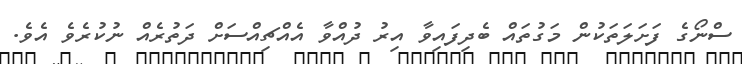
ސްނޯގެ ފަށަލަތަކުން މަގުތައް ބެދިފައިވާ އިރު ދުއްވާ އެއްޗިއްސަށް ދަތުރެއް ނުކުރެވެ އެވެ.